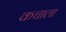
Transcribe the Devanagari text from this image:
कचाला